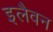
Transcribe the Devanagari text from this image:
इलैवन